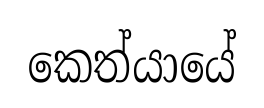
කෙත්යායේ